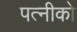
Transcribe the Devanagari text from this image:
पत्नीको